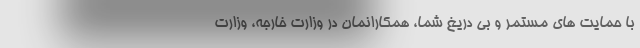
با حمایت های مستمر و بی دریغ شما، همکارانمان در وزارت خارجه، وزارت